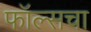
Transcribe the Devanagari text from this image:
फॉल्सचा